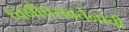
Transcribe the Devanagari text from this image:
ध्वनीपरावर्तनाची